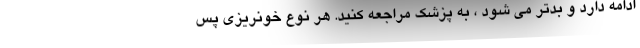
ادامه دارد و بدتر می شود ، به پزشك مراجعه كنید. هر نوع خونریزی پس